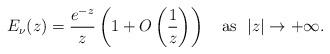
LaTeX: \begin{align*}E_{\nu}(z)=\dfrac{e^{-z}}{z}\left( 1+O\left( \dfrac{1}{z}\right) \right) \ \ \ \mathrm{as} \ \ \vert z \vert \rightarrow +\infty . \end{align*}